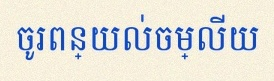
ចូរពន្យល់ចម្លើយ